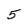
Character: 5